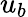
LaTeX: u_{b}